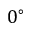
0 ^ { \circ }